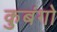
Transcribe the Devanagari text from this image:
कुबंगो